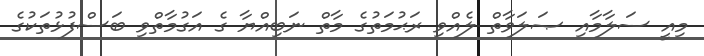
މިއީ ސަލާމާއި ޞަލަވާތް ލެއްވި ރަޙުމަތުގެ މާތް ނަބިއްޔާ ގެ އަގުމާތްވި ބަސްފުޅުތަކުގެ